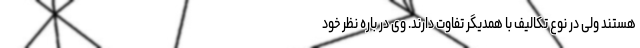
هستند ولی در نوع تکالیف با همدیگر تفاوت دارند. وی در باره نظر خود